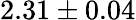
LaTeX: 2.31\pm 0.04